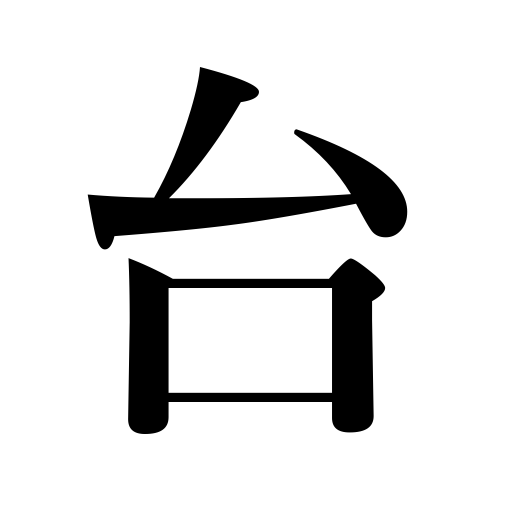
Meanings: stand,block,holder,rack,mounting,table,support,bench,setting,dais,pedestal